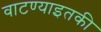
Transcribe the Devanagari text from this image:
वाटण्याइतकी